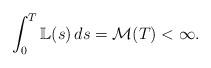
LaTeX: \begin{align*}\int_0^T\mathbb{L}(s)\,ds=\mathcal{M}(T)<\infty.\end{align*}